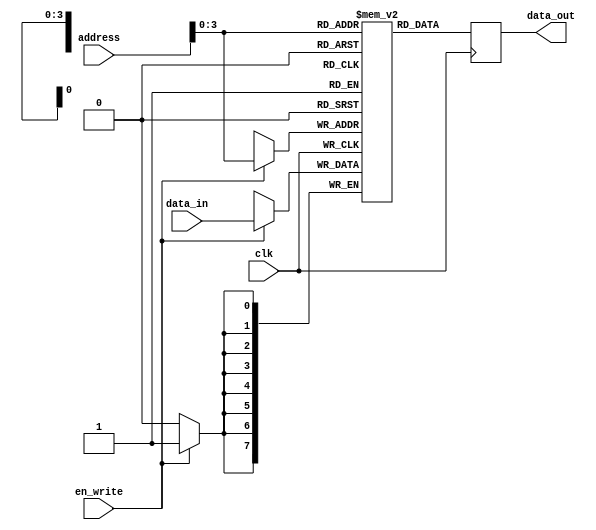
module flash_memory_block (
    input wire clk,
    input wire en_write,
    input wire [7:0] data_in,
    input wire [15:0] address,
    output reg [7:0] data_out
);

reg [7:0] memory [15:0];

always @(posedge clk) begin
    if (en_write) begin
        memory[address] <= data_in;
    end
    data_out <= memory[address];
end

endmodule